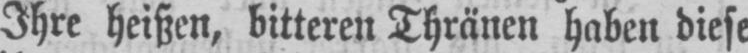
Ihre heißen, bitteren Thränen haben diese